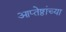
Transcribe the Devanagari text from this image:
आप्‍तेष्ठांच्या